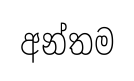
අන්තම